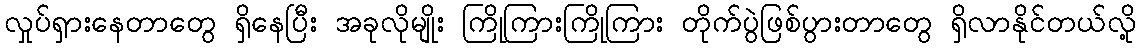
လှုပ်ရှားနေတာတွေ ရှိနေပြီး အခုလိုမျိုး ကြိုကြားကြိုကြား တိုက်ပွဲဖြစ်ပွားတာတွေ ရှိလာနိုင်တယ်လို့